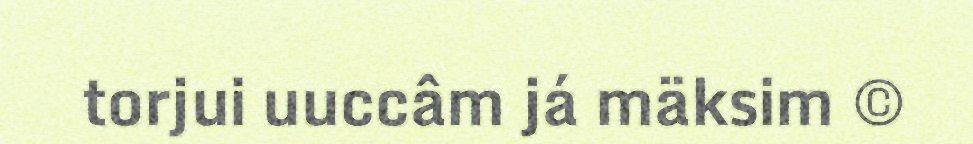
torjui uuccâm já mäksim ©